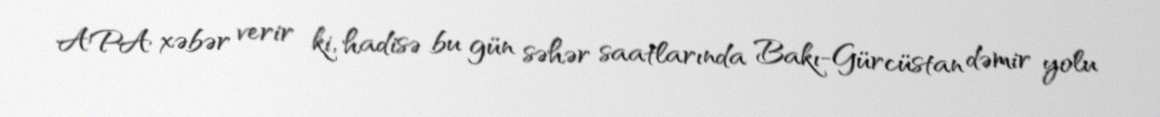
APA xəbər verir ki, hadisə bu gün səhər saatlarında Bakı-Gürcüstan dəmir yolu